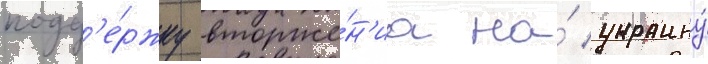
подд'е́ржку вторже́н'иа на́ украину